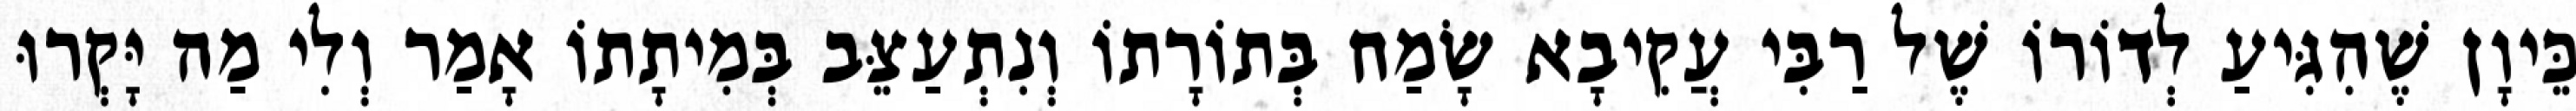
כֵּיוָן שֶׁהִגִּיעַ לְדוֹרוֹ שֶׁל רַבִּי עֲקִיבָא שָׂמַח בְּתוֹרָתוֹ וְנִתְעַצֵּב בְּמִיתָתוֹ אָמַר וְלִי מַה יָּקְרוּ